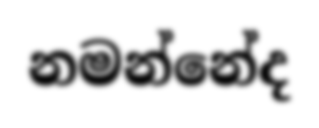
නමන්නේද